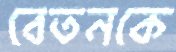
বেতনকে